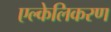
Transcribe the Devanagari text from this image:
एल्केलिकरण